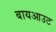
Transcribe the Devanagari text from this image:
बायआउट